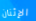
الإثنان